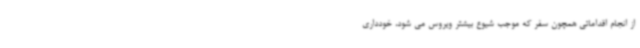
از انجام اقداماتی همچون سفر که موجب شیوع بیشتر ویروس می شود، خودداری